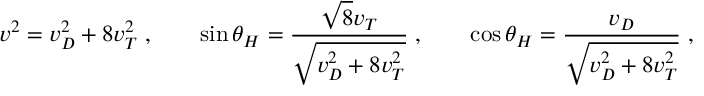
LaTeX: v ^ { 2 } = v _ { D } ^ { 2 } + 8 v _ { T } ^ { 2 } \; , \qquad \sin \theta _ { H } = \frac { \sqrt { 8 } v _ { T } } { \sqrt { v _ { D } ^ { 2 } + 8 v _ { T } ^ { 2 } } } \; , \qquad \cos \theta _ { H } = \frac { v _ { D } } { \sqrt { v _ { D } ^ { 2 } + 8 v _ { T } ^ { 2 } } } \; ,